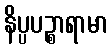
နိပ္ပပဉ္စာရာမာ